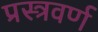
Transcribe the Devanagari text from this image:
प्रस्त्रवर्ण